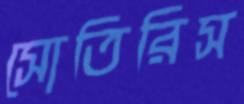
সোতিরিস